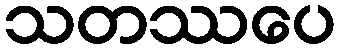
သတဿပေ